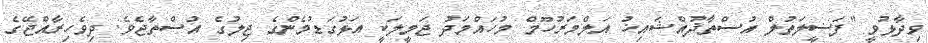
ވިދާޅުވީ "ފަޟީލަތުލް އުސްތާޛުއްޝައިޚު އަލްމަރުހޫމް މުހައްމަދު ޖަމީލަކީ އަޅުގަޑުމެންގެ ޖިލުގެ އުސްތާޖެވެ. ދިވެހިރާއްޖޭގެ